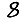
Digit: 8